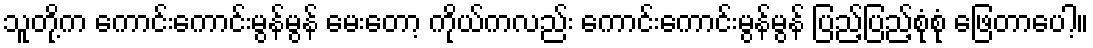
သူတို့က ကောင်းကောင်းမွန်မွန် မေးတော့ ကိုယ်ကလည်း ကောင်းကောင်းမွန်မွန် ပြည့်ပြည့်စုံစုံ ဖြေတာပေါ့။